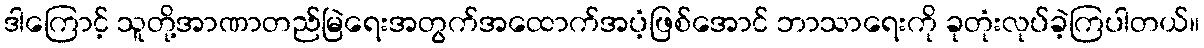
ဒါကြောင့် သူတို့အာဏာတည်မြဲရေးအတွက်အထောက်အပံ့ဖြစ်အောင် ဘာသာရေးကို ခုတုံးလုပ်ခဲ့ကြပါတယ်။